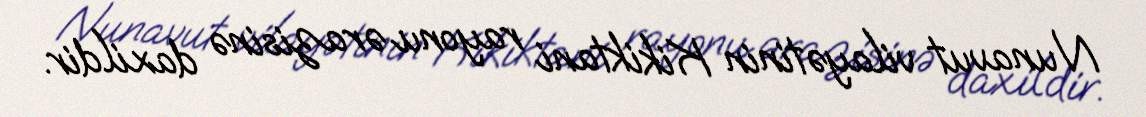
Nunavut vilayətinin Kikiktani rayonu ərazisinə daxildir.